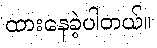
ထားနေခဲ့ပါတယ်။